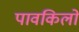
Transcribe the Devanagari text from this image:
पावकिलो